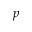
p